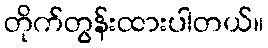
တိုက်တွန်းထားပါတယ်။